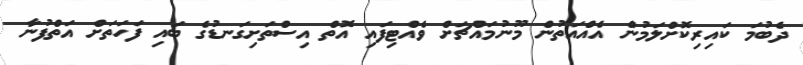
ދެބުމަ ކައިރިކޮށްލަމުން އެއްއަތުން މޫނުމައްޗަށް ވެއްޓިފައި އޮތް އިސްތަށިގަނޑުގެ ބައި ފަހަތަށް އަތްފުނާ